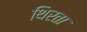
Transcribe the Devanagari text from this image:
थिरता